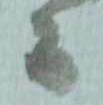
而